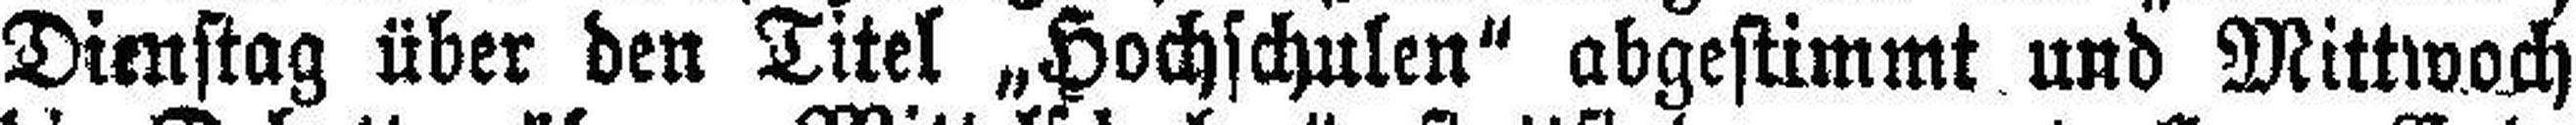
Dienstag über den Titel „Hochschulen“ abgestimmt und Mittwoch